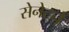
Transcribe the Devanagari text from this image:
सेनेटने